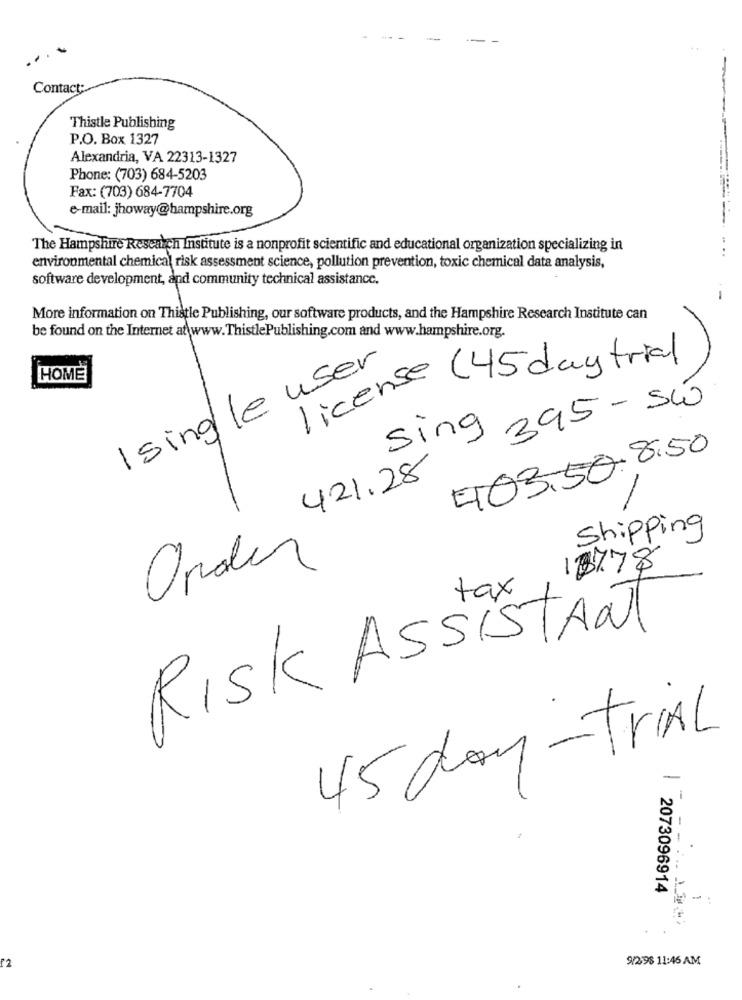
---
...
Contact:
Thistle Publishing
P.O. Box 1327
Alexandria, VA 22313-1327
Phone: (703) 684-5203
Fax: (703) 684-7704
e-mail: jhoway@hampshire.org
The Hampshire Research Institute is a nonprofit scientific and educational organization specializing in
.. ..
environmental chemical risk assessment science, pollution prevention, toxic chemical data analysis,
software development, and community technical assistance.
-
More information on Thistle Publishing, our software products, and the Hampshire Research Institute can
be found on the Internet at www.ThistlePublishing.com and www.hampshire.org.
Isingle user
license (45 day trial
HOME
Sing 395 - Sw
403.50.8.50
421.28
Shipping
Order
13778
tax
RISK ASSISTANT
45 day-trial
-
--
2073096914
9/298 11:46 AM